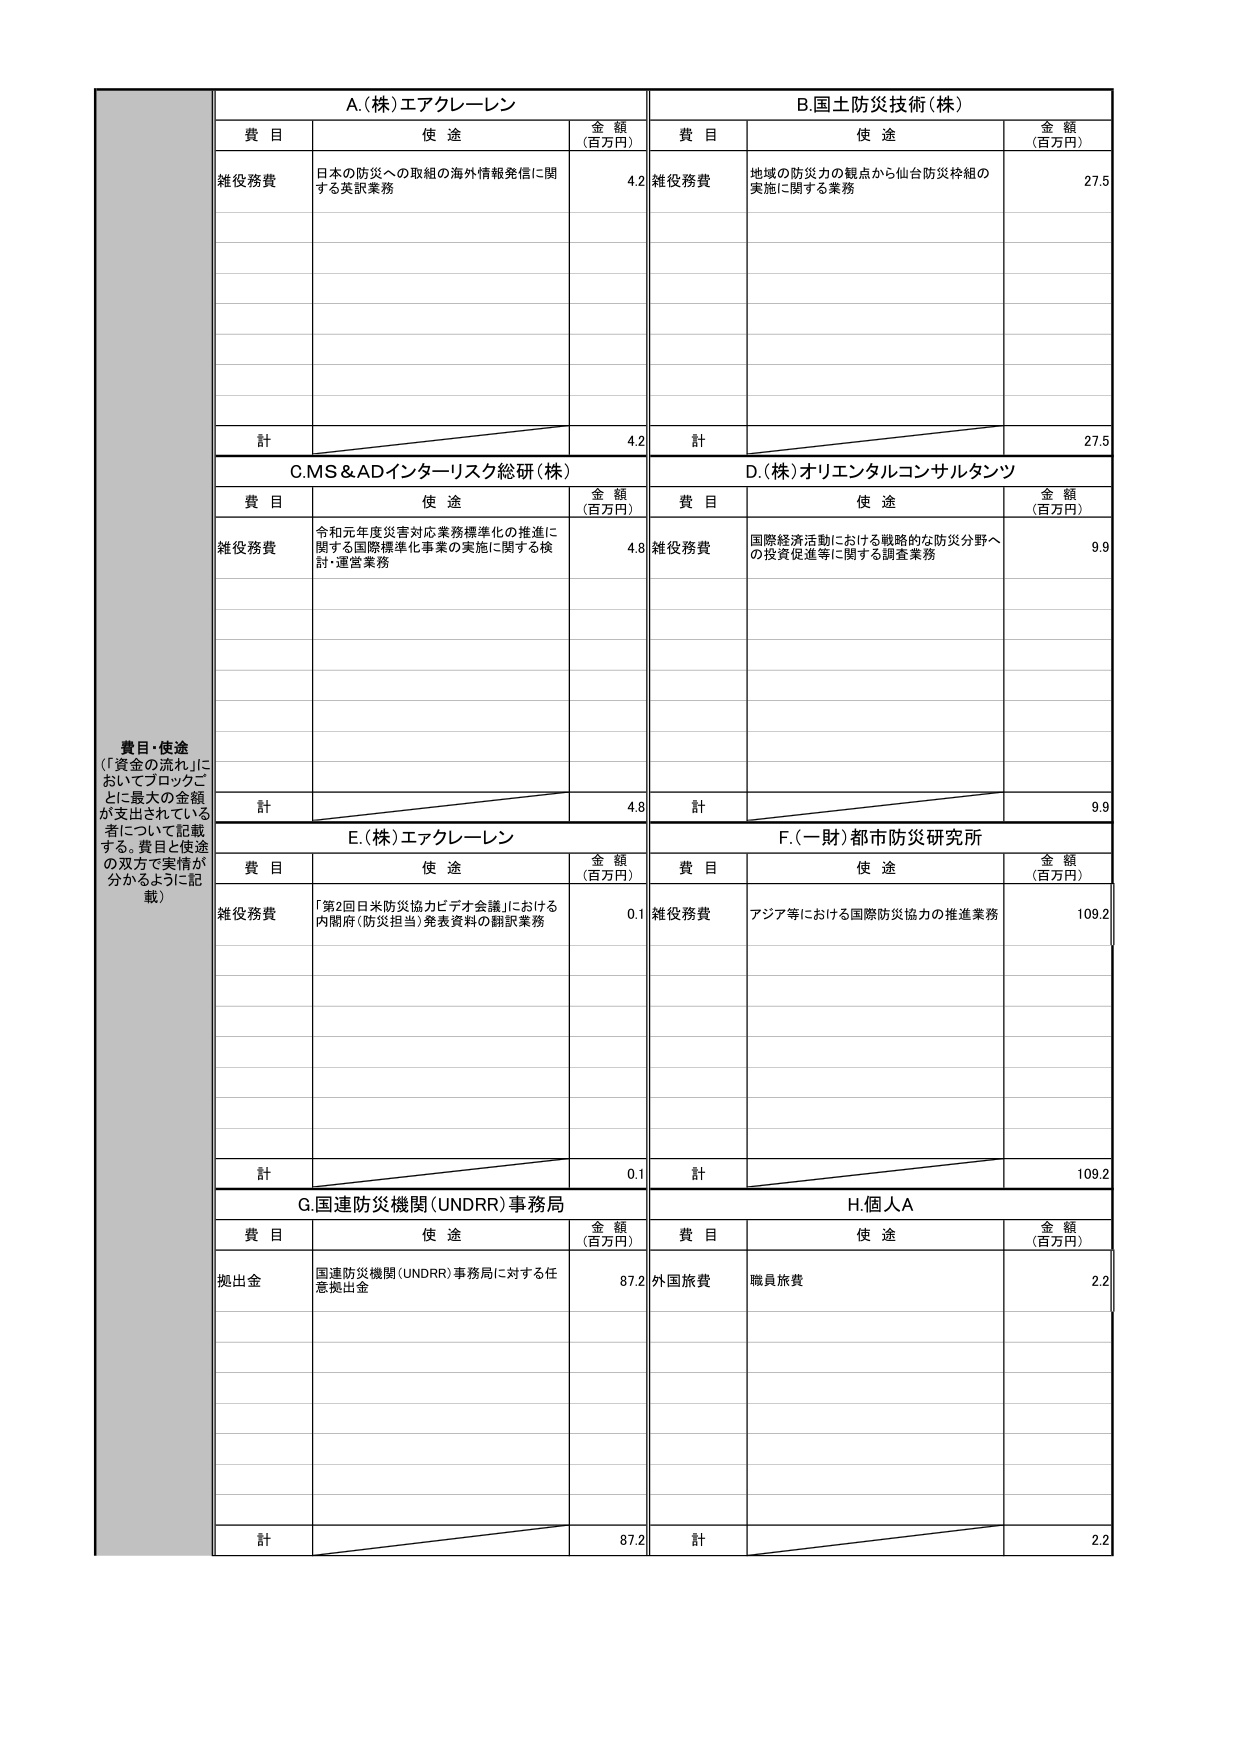
費目・使途
（「資金の流れ」においてブロックごとに最大の金額が支出されている者について記載する。費目と使途の双方で実情が分かるように記載）

A.（株）エアクレーレン
費目 使途 金額（百万円）
雑役務費 日本の防災への取組の海外情報発信に関する英訳業務 4.2
計 4.2

B.国土防災技術（株）
費目 使途 金額（百万円）
雑役務費 地域の防災力の観点から仙台防災枠組の実施に関する業務 27.5
計 27.5

C.MS＆ADインターリスク総研（株）
費目 使途 金額（百万円）
雑役務費 令和元年度災害対応業務標準化の推進に関する国際標準化事業の実施に関する検討・運営業務 4.8
計 4.8

D.（株）オリエンタルコンサルタンツ
費目 使途 金額（百万円）
雑役務費 国際経済活動における戦略的な防災分野への投資促進等に関する調査業務 9.9
計 9.9

E.（株）エアクレーレン
費目 使途 金額（百万円）
雑役務費 「第2回日米防災協力ビデオ会議」における内閣府（防災担当）発表資料の翻訳業務 0.1
計 0.1

F.（一財）都市防災研究所
費目 使途 金額（百万円）
雑役務費 アジア等における国際防災協力の推進業務 109.2
計 109.2

G.国連防災機関（UNDRR）事務局
費目 使途 金額（百万円）
拠出金 国連防災機関（UNDRR）事務局に対する任意拠出金 87.2
計 87.2

H.個人A
費目 使途 金額（百万円）
外国旅費 職員旅費 2.2
計 2.2